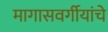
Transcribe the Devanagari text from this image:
मागासवर्गीयांचे